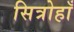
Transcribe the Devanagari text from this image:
सित्रोहाँ